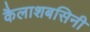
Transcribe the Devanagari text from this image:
कैलाशबसिनी